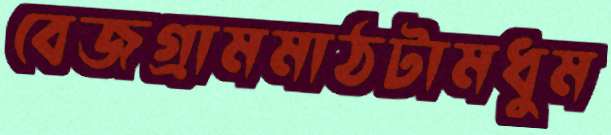
বেজগ্রামমাঠটামধুম